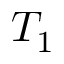
T _ { 1 }